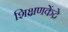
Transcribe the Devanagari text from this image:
शिक्षणकेंद्रे